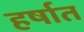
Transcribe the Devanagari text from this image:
हर्षात